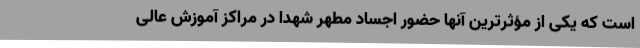
است که یکی از مؤثرترین آنها حضور اجساد مطهر شهدا در مراکز آموزش عالی